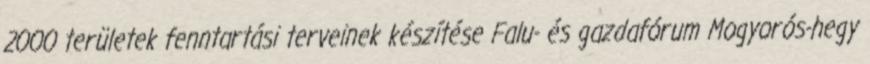
2000 területek fenntartási terveinek készítése Falu- és gazdafórum Mogyorós-hegy